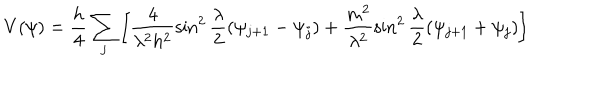
V ( \psi ) = \frac { h } { 4 } \sum _ { j } \left[ \frac { 4 } { \lambda ^ { 2 } h ^ { 2 } } \sin ^ { 2 } \frac { \lambda } { 2 } ( \psi _ { j + 1 } - \psi _ { j } ) + \frac { m ^ { 2 } } { \lambda ^ { 2 } } \sin ^ { 2 } \frac { \lambda } { 2 } ( \psi _ { j + 1 } + \psi _ { j } ) \right]